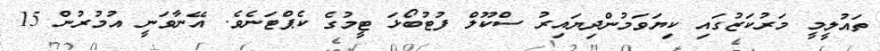
ތައުލީމީ މަރުކަޒުގައި ކިޔަވަމުންދިޔައިރު ސްކޫލް ފުޓުބޯޅަ ޓީމުގެ ކެޕްޓަނެވެ. އޭނާވަނީ އުމުރުން 15